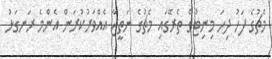
މެޗުގެ ފަހު ދިހަ މިނިޓުގެ ތެރޭގައި މެޗުގެ ނަތީޖާ އެއްވަރުކުރަން އެންމެ ރަނގަޅު